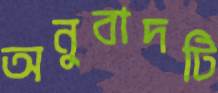
অনুবাদটি